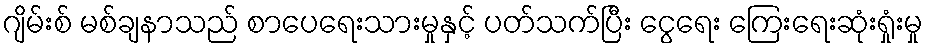
ဂျိမ်းစ် မစ်ချနာသည် စာပေရေးသားမှုနှင့် ပတ်သက်ပြီး ငွေရေး ကြေးရေးဆုံးရှုံးမှု